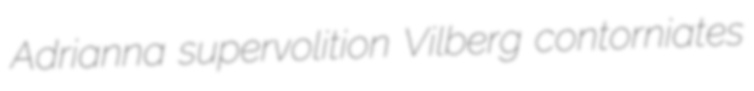
Adrianna supervolition Vilberg contorniates